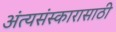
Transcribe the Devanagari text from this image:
अंत्यसंस्कारासाठी